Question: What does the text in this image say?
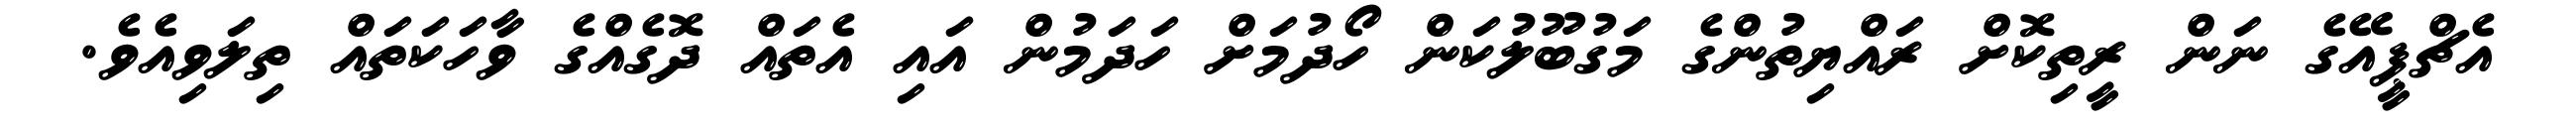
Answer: އެޗްޕީއޭގެ ނަން ރީތިކޮށް ރައްޔިތުންގެ މަގުބޫލުކަން ހޯދުމަށް ހަދަމުން އައި އެތައް ދޮގެއްގެ ވާހަކަތައް ތިލަވިއެވެ.